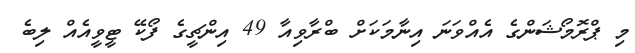
މި ޕްރޮމޯޝަންގެ އެއްވަނަ އިނާމަކަށް ބްރާވިއާ 49 އިންޗީގެ ފޯކޭ ޓީވީއެއް ލިބެ